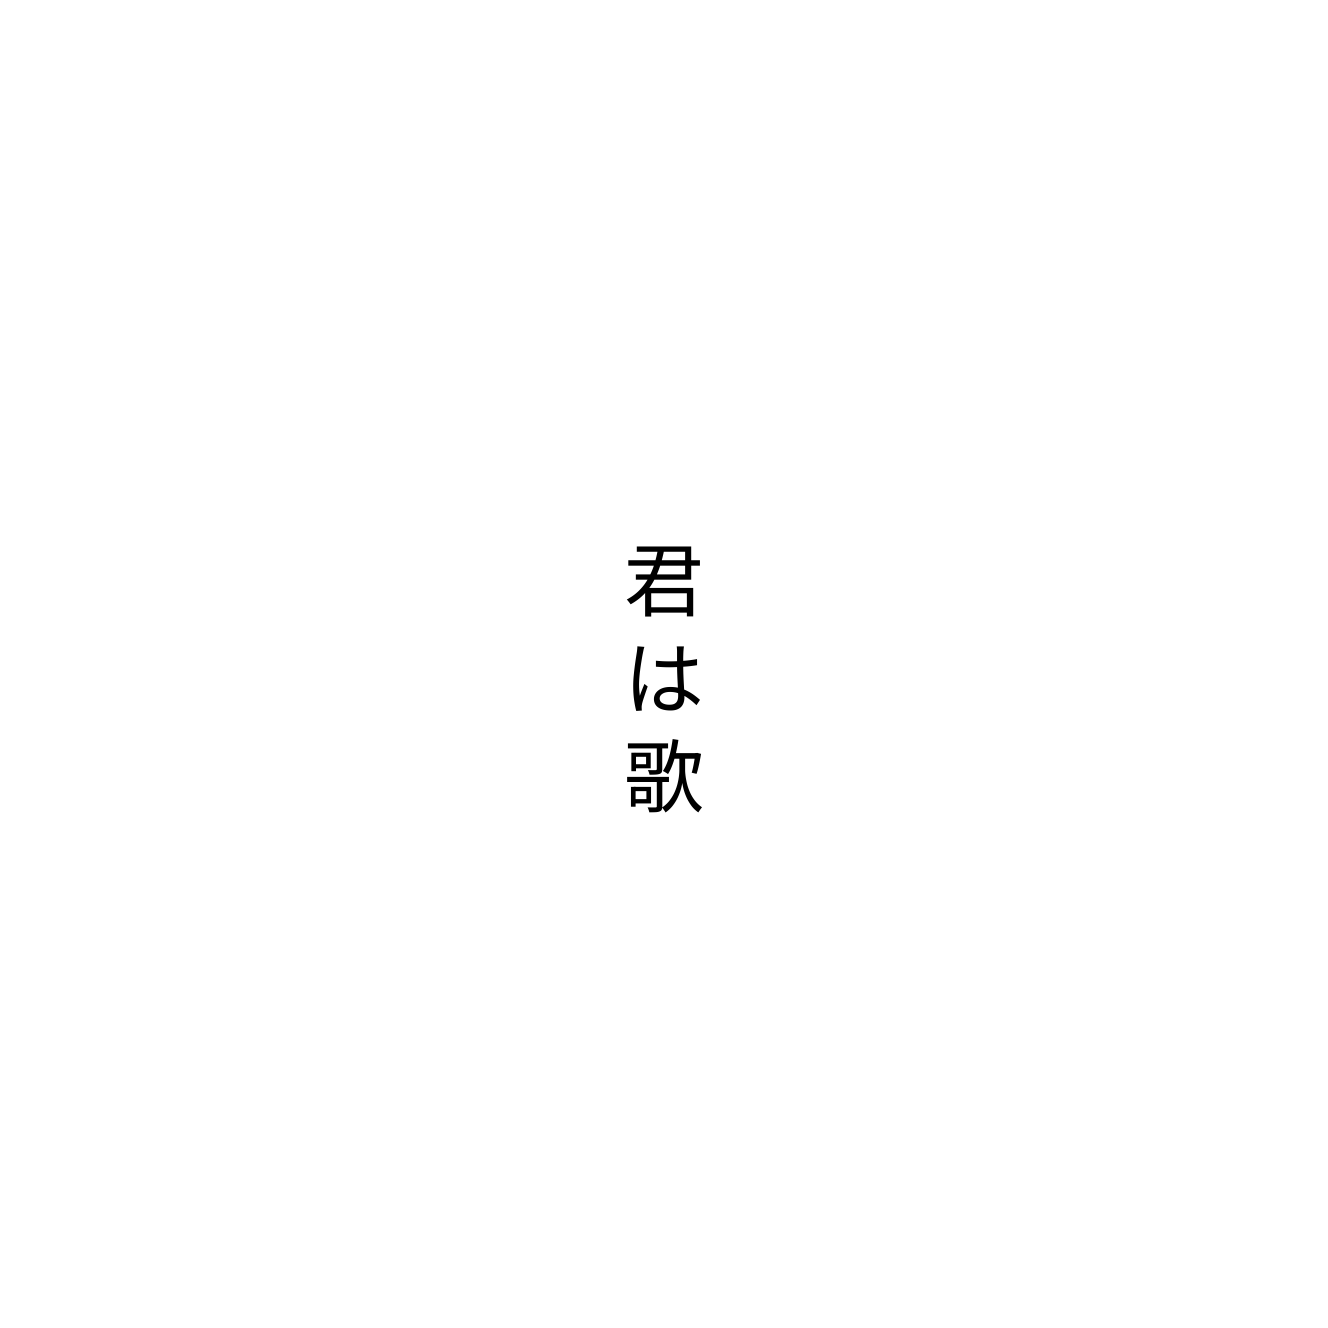
君は歌